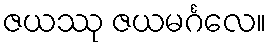
ဇယဿု ဇယမင်္ဂလေ။